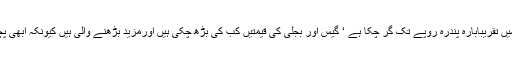
نئے نئے ٹیکس لگ رہے ہیں‘ پاکستانی روپیہ ڈالر کے مقابلے میں تقریباًبارہ پندرہ روپے تک گر چکا ہے ‘ گیس اور بجلی کی قیمتیں کب کی بڑھ چکی ہیں اورمزید بڑھنے والی ہیں کیونکہ ابھی پچاس ارب روپے کے مزید ٹیکس لگانے کا پروگرام بن رہا ہے ۔